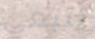
تتبعي